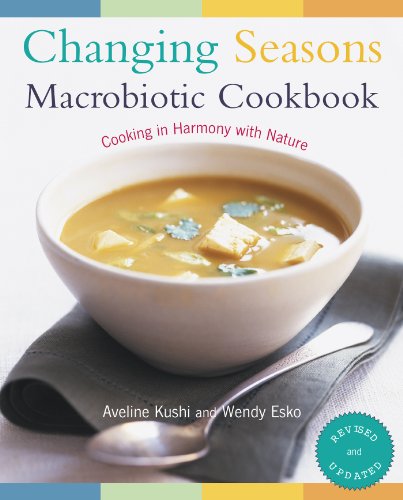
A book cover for Changing Seasons Macrobiotic Cookbook; Aveline Kushi; Health, Fitness & Dieting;